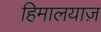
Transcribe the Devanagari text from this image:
हिमालयाज़